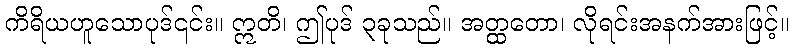
ကိရိယဟူသောပုဒ်၎င်း။ ဣတိ၊ ဤပုဒ် ၃ခုသည်။ အတ္ထတော၊ လိုရင်းအနက်အားဖြင့်။